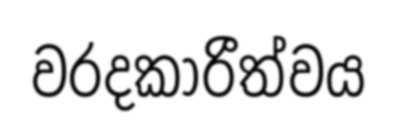
වරදකාරීත්වය